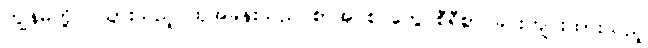
ကျွန်မတို့ဝင်သွားသည့် ထိုအခန်းသည် စာအုပ်စင်တွေ စီရီစွာ ခင်းကျင်းထားသည့်